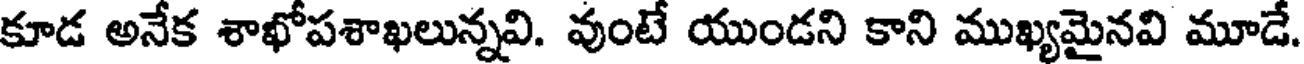
కూడ అనేక శాఖోపశాఖలున్నవి. వుంటే యుండని కాని ముఖ్యమైనవి మూడే.